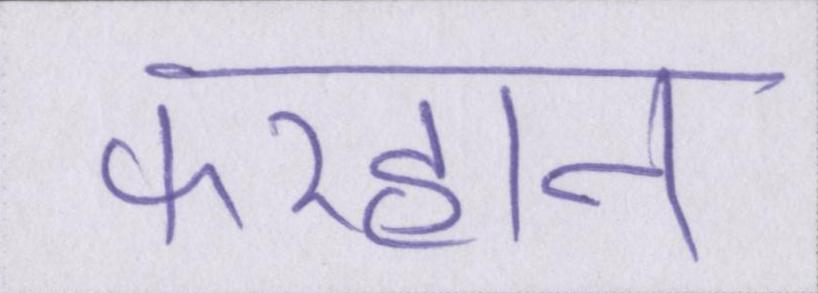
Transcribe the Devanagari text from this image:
फरहान